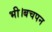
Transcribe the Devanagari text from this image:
भी।बचपन